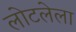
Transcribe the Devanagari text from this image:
लोटलेला